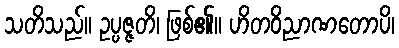
သတိသည်။ ဥပ္ပဇ္ဇတိ၊ ဖြစ်၏။ ဟိတဝိညာဏတောပိ၊